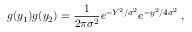
g ( y _ { 1 } ) g ( y _ { 2 } ) = { \frac { 1 } { 2 \pi \sigma ^ { 2 } } } e ^ { - Y ^ { 2 } / \sigma ^ { 2 } } e ^ { - y ^ { 2 } / 4 \sigma ^ { 2 } } \; ,